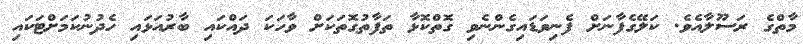
މާތްގެ ރަސޫލާއެވެ. ކަލޭގެފާނަށް ފެނިވަޑައިގެންނެވި ގޮތްކޮޅާ ތަފާތުގޮތަކަށް ވާހަކަ ދައްކައި ބާރުއަޅައި ހެދުނުކަމަށްޓަކައި